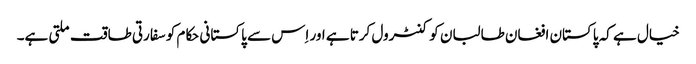
خیال ہے کہ پاکستان افغان طالبان کو کنٹرول کرتا ہے اور اِس سے پاکستانی حکام کو سفارتی طاقت ملتی ہے۔